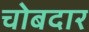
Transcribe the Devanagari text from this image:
चोबदार